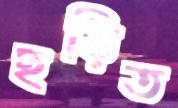
ছড়িত